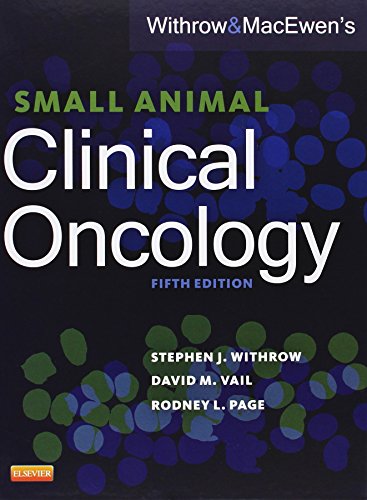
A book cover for Withrow and MacEwen's Small Animal Clinical Oncology, 5e; Stephen J. Withrow DVM  DACVS  DACVIM (Oncology); Medical Books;